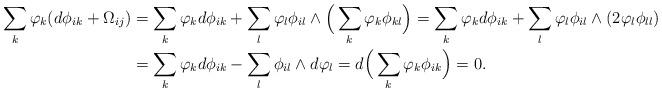
LaTeX: \begin{align*} \sum_{k}\varphi_k(d\phi_{ik}+\Omega_{ij})&=\sum_k\varphi_kd\phi_{ik}+\sum_l\varphi_l\phi_{il}\wedge\Big(\sum_k\varphi_k\phi_{kl}\Big)=\sum_k\varphi_kd\phi_{ik}+\sum_l\varphi_l\phi_{il}\wedge(2\varphi_l\phi_{ll})\\ &=\sum_k\varphi_kd\phi_{ik}-\sum_{l}\phi_{il}\wedge d\varphi_l=d\Big(\sum_k\varphi_k\phi_{ik}\Big)=0. \end{align*}